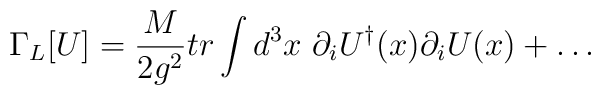
\Gamma_L[U]={M \over 2g^2} tr \int d^{3}x ~ \partial_iU^\dagger(x)\partial_iU(x)+ \ldots